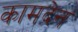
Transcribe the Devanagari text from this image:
कामदेन